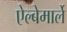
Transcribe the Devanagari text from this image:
ऐल्बेमार्ले